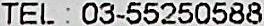
TEL : 03-55250588